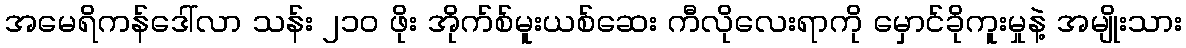
အမေရိကန်ဒေါ်လာ သန်း ၂၁၀ ဖိုး အိုက်စ်မူးယစ်ဆေး ကီလိုလေးရာကို မှောင်ခိုကူးမှုနဲ့ အမျိုးသား